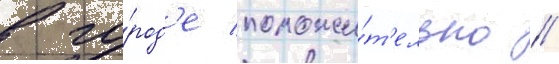
в го́род'е положи́т'ельно /